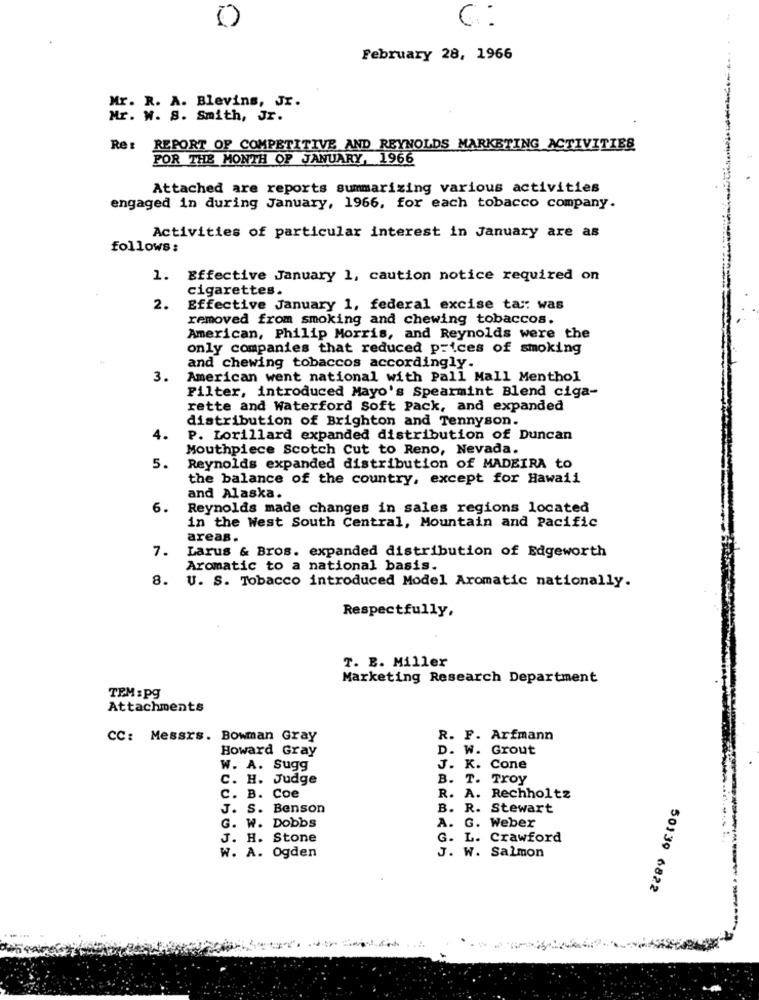
0
C :
February 28, 1966
Mr. R. A. Blevins, Jr.
.. ..-*-*-
Mr. W. S. Smith, Jr.
Re :
REPORT OF COMPETITIVE AND REYNOLDS MARKETING ACTIVITIES
POR THE MONTH OF JANUARY, 1966
Attached are reports summarizing various activities
engaged in during January, 1966, for each tobacco company.
Activities of particular interest in January are as
follows:
1. Effective January 1, caution notice required on
cigarettes.
2.
Effective January 1, federal excise tax: was
removed from smoking and chewing tobaccos.
American, Philip Morris, and Reynolds were the
only companies that reduced prices of smoking
and chewing tobaccos accordingly.
3.
American went national with Pall Mall Menthol
Filter, introduced Mayo's Spearmint Blend ciga-
rette and Waterford Soft Pack, and expanded
distribution of Brighton and Tennyson.
4.
P. Lorillard expanded distribution of Duncan
Mouthpiece Scotch Cut to Reno, Nevada.
5.
Reynolds expanded distribution of MADEIRA to
the balance of the country, except for Hawaii
and Alaska.
6.
Reynolds made changes in sales regions located
in the West South Central, Mountain and Pacific
areas.
7.
Larus & Bros. expanded distribution of Edgeworth
Aromatic to a national basis.
8.
U. S. Tobacco introduced Model Aromatic nationally.
Respectfully,
T. B. Miller
Marketing Research Department
TEM :pg
Attachments
CC: Messrs. Bowman Gray
R. F. Arfmann
Howard Gray
D. W. Grout
W. A. Sugg
J. K. Cone
C. H. Judge
B. T. Troy
C. B. Coe
R. A. Rechholtz
J. S. Benson
B. R. Stewart
G. W. Dobbs
A. G. Weber
J. H. Stone
G. L. Crawford
W. A. Ogden
J. W. Salmon
50139 6822